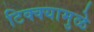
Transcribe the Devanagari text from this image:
टिक्क्यामुळे